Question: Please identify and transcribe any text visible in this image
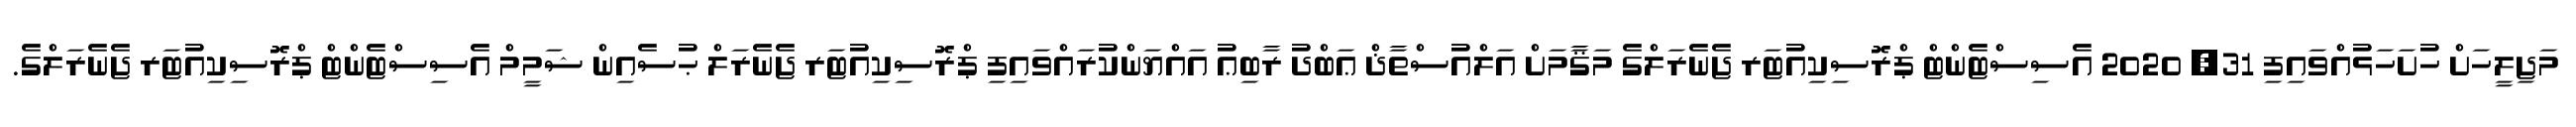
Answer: މަޖިލީހަށް ހުށަހަޅުއްވައިފި 31, 2020 އެސިސްޓެންޓް ޕްރޮސިކިއުޓަރ ޖެނެރަލްގެ މަޤާމަށް އަލްއުސްތާޛް ޢަބްދު ރާބިޢު އައްޔަންކުރައްވައިފި ޕްރޮސިކިއުޓަރ ޖެނެރަލް ޙުސެއިން ޝަމީމް އެސިސްޓެންޓް ޕްރޮސިކިއުޓަރ ޖެނެރަލްގެ.